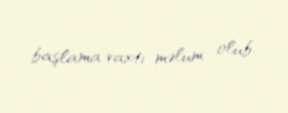
başlama vaxtı məlum olub.